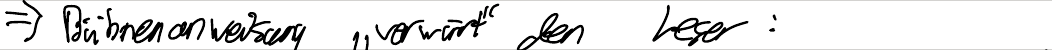
=> Bühnenanweisung "verwirrt" den Leser: